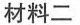
材料二